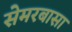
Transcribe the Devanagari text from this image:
सेमरबासा